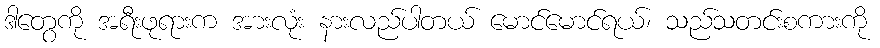
ဒါတွေကို အရီးဖုရားက အားလုံး နားလည်ပါတယ် မောင်မောင်ရယ်၊ သည်သတင်းစကားကို